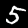
Label: 5